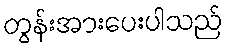
တွန်းအားပေးပါသည်